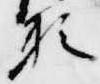
頼